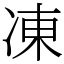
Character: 凍